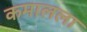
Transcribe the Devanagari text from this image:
कमालला